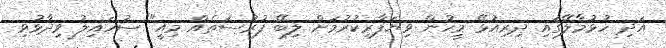
އަދި ހުޅުމާލޭގައި ދިރިއުޅޭ މީހުން ވިޔަފާރިކުރުމަށް ލިބޭ ފުރުސަތެއް މިއީ" ސުހައިލު ވިދާޅުވި